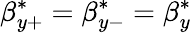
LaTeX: \beta_{y+}^{*}=\beta_{y-}^{*}=\beta_{y}^{*}